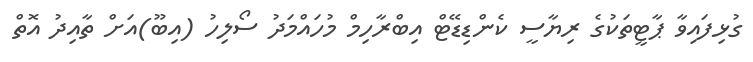
ގުޅިފައިވާ ޕާޓީތަކުގެ ރިޔާސީ ކެންޑިޑޭޓް އިބްރާހިމް މުހައްމަދު ސޯލިހު (އިބޫ)އަށް ތާއިދު އޮތް